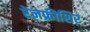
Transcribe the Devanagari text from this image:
रेनफ्रीशिर